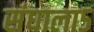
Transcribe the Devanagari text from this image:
संघाला५